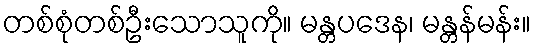
တစ်စုံတစ်ဦးသောသူကို။ မန္တပဒေန၊ မန္တန်မန်း။